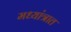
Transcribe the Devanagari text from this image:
मध्यांत्रात